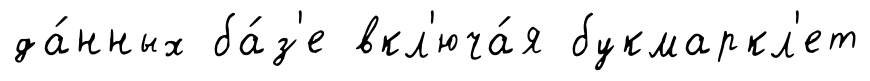
да́нных ба́з'е вкл'юча́я букмаркл'ет